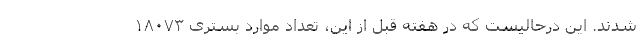
شدند. این درحالیست که در هفته قبل از این، تعداد موارد بستری ۱۸۰۷۳